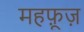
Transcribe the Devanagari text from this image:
महफ़ूज़